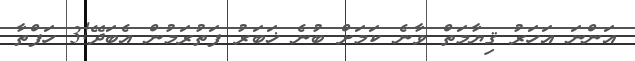
އަންނަ އަހަރު ޤިޔާމަތް ވާނެ ކަމަށް ބުނެ ޚަބަރު ފަތުރަމުން އެބަދޭ!3 ހަފްތާ